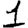
Digit: 1